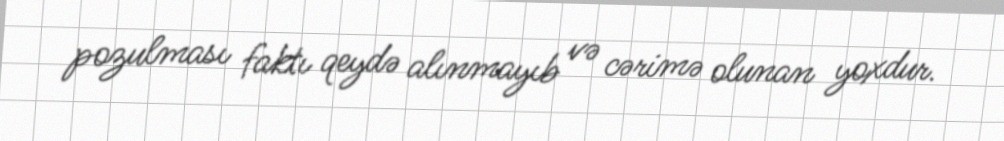
pozulması faktı qeydə alınmayıb və cərimə olunan yoxdur.